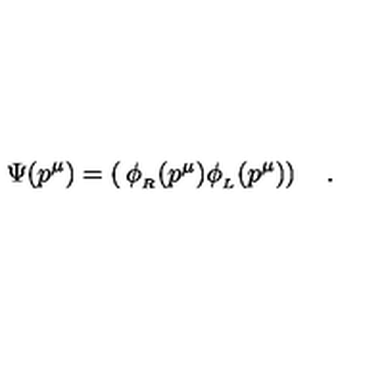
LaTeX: \Psi ( p ^ { \mu } ) = \left( \begin{matrix} { \phi _ { _ R } ( p ^ { \mu } ) } \\ { \phi _ { _ L } ( p ^ { \mu } ) } \\ \end{matrix} \right) \quad .